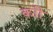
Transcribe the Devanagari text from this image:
काी